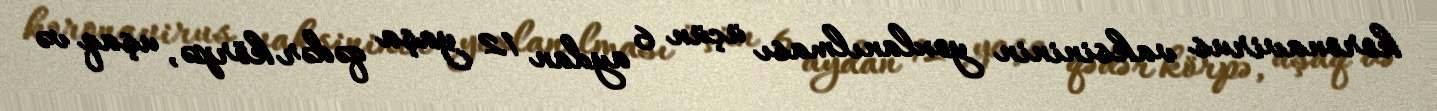
koronavirus vaksininin yoxlanılması üçün 6 aydan 12 yaşa qədər körpə, uşaq və